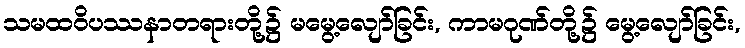
သမထဝိပဿနာတရားတို့၌ မမွေ့လျော်ခြင်း, ကာမဂုဏ်တို့၌ မွေ့လျော်ခြင်း,